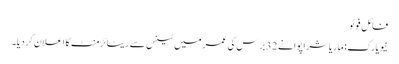
فائل فوٹو
نیویارک: ماریا شراپوا نے 32برس کی عمر میں ٹینس سے ریٹائرمنٹ کا اعلان کردیا۔